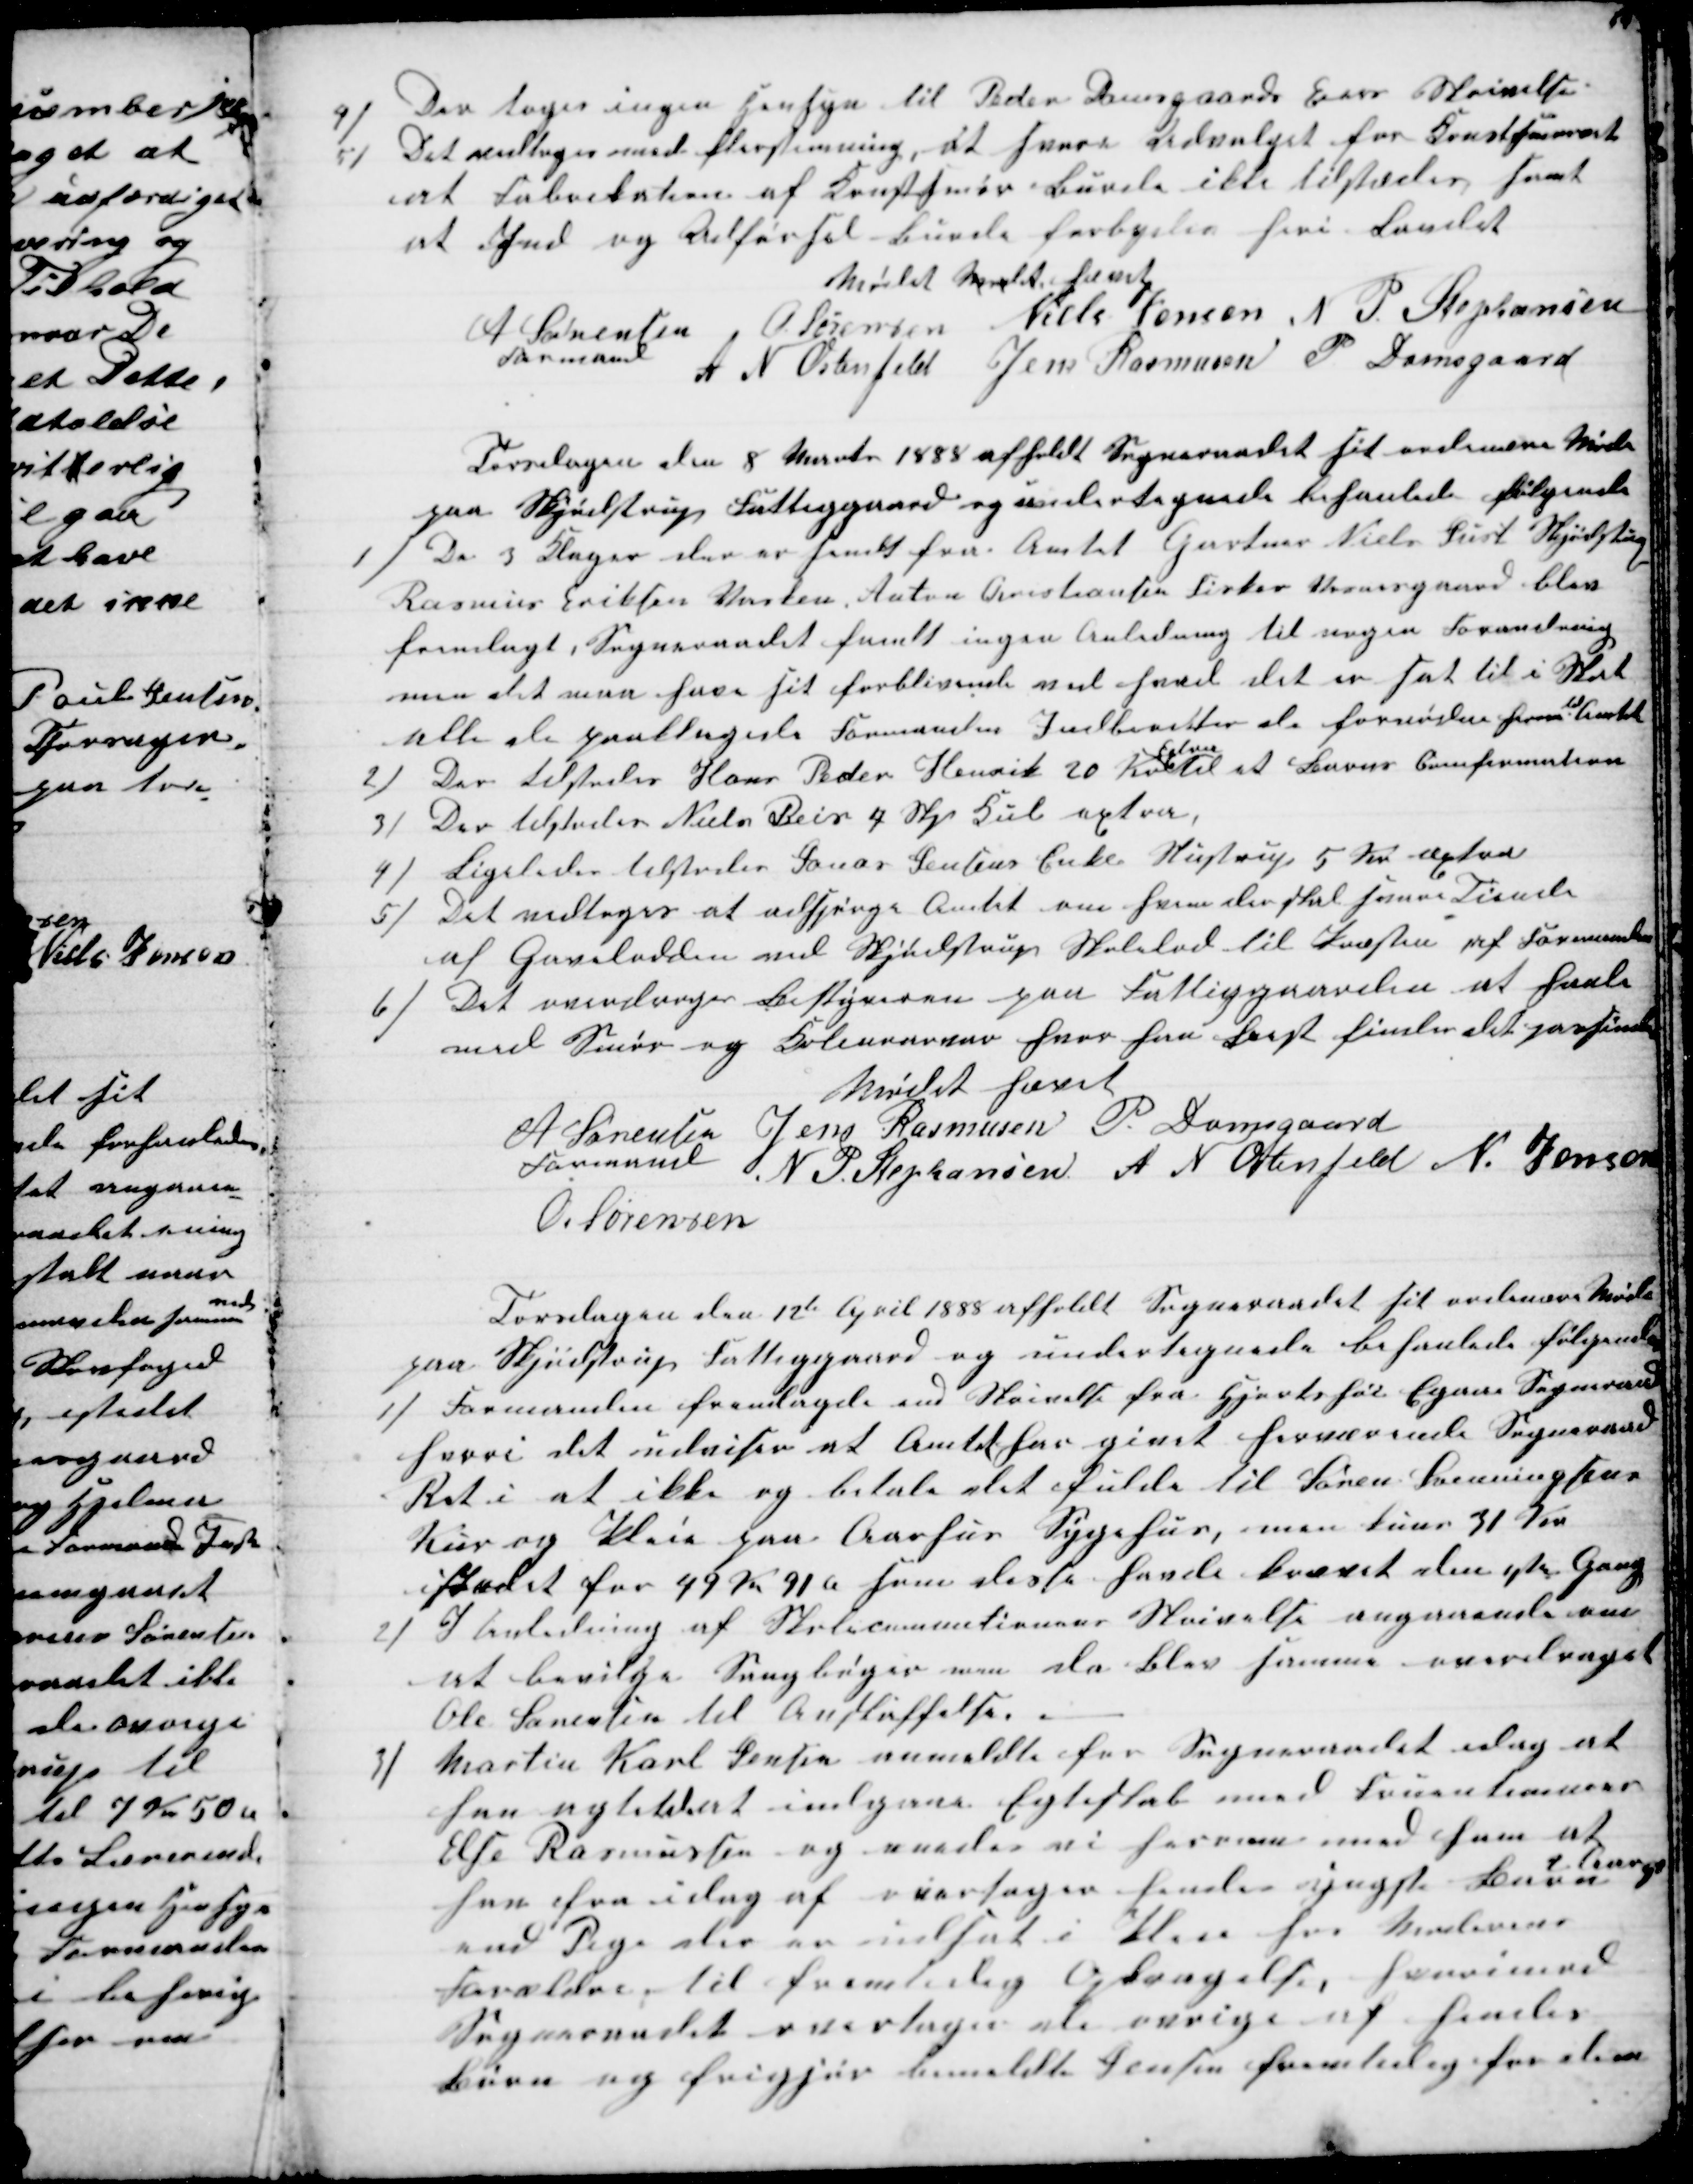
Transskription:
4)
Der toges ingen Hensyn til Peder Damsgaards Eiers Skrivelse
5) Det vedtoges med flerstemning, at svare Udvalget for Kunstsmørret
at Fabrikation af Kunstsmør burde ikke tilstædes samt
at Ind og Udførsel burde forbydes heri Landet
Mødet Mødet hævet
A Sørensen 
Formand
O. Sørensen Niels Jensen N P Stephansen
A N Ostenfeld Jens Rasmusen P Damsgaard
Torsdagen den 8 Marts 1888 afholdt Sogneraadet sit ordinære Møde
paa Skjødstrup Fattiggaard og undertegnede behanlede følgende
1) De 3 Klager der er sendt fra Amtet Gartner Niels Just Skjødstrup
Rasmus Eriksen Vasken, Anton Christiansen Fisker Vosnesgaard blev
fremlagt, Sogneraadet fandt ingen Anledning til nogen Forandring
men det maa have sit forblivende ved hvad det er sat til i Skat
alle de paaklagede Formanden Indberetter de fornødne herom 
til
Amtet
2) Der tilstodes Hans Peder Henrik 20 Kr
Extra
til et Barns Comfirmation
3) Der tilstodes Niels Beir 7 Skp Kul extra
4) Ligeledes tilstodes Jonas Jensens Enke Stustrup 5 Kr æxtra
5) Det vedtoges at adspørge Amtet om hvem der skal svare Tiende
af Gavelodden ved Skjødstrup Skolelod til Præsten af Formanden
6) Det overdroges Bestyreren paa Fattiggaarden at hanle
med Smør og Kolenoarvar hvor han Best finder det passende
Mødet hævet
A Sørensen 
Formand
Jens Rasmusen P. Damsgaard
N P. Stephansen A N Ostenfeld N. Jensen
O. Sørensen
Torsdagen den 12te April 1888 afholdt Sogneraadet sit ordinære Møde
paa Skjødstrup Fattiggaard og undertegnede behanlede følgende
1)
Formanden fremlagde end Skrivelse fra Hjortshøi Egaa Sogneraad
hvori det udviser at Amtet har givet herværende Sogneraad
Ret i at ikke og betale det fulde til Søren Svenningsens
Kur og Pleie paa Aarhus Sygehus, men kuns 31 Kr
istedet for 49 Kr 91 Ø som disse havde krævet den 1ste Gang
2)
I Anledning af Skolecommitionens Skrivelse angaaende om
at bevilge Sangbøger men da blev samme overdraget
Ole Sørensen til Anskaffelse.
3)
Martin Karl Jensen anmeldte for Sogneraadet idag at
han agtede at indgaae Egteskab med Fruentimmer
Else Rasmussen og enedes vi herom med ham at
han fra idag af overtager hendes yngste Barn
2 Aarig
end Pige der er indsat i Pleie hos Moderens
Forældre, til fremtidig Opdragelse, hvorimod
Sogneraadet overtager de øvrige af hendes
Børn og frigjør bemeldte Jensen fremtidig for dem